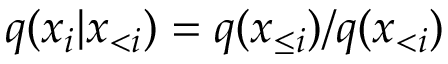
q ( x _ { i } | \boldsymbol { x } _ { < i } ) = q ( \boldsymbol { x } _ { \le i } ) / q ( \boldsymbol { x } _ { < i } )